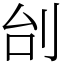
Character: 刣